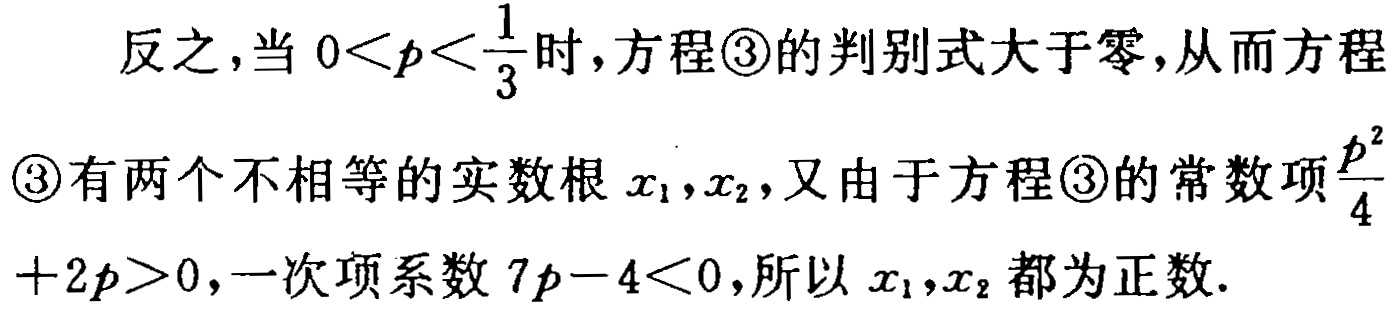
反之，当\(0 < p < \frac{1}{3}\)时，方程\textcircled{3}的判别式大于零，从而方程\textcircled{3}有两个不相等的实数根\(x_1,x_2\)，又由于方程\textcircled{3}的常数项\(\frac{p^2}{4}+2p > 0\)，一次项系数\(7p - 4 < 0\)，所以\(x_1,x_2\)都为正数.